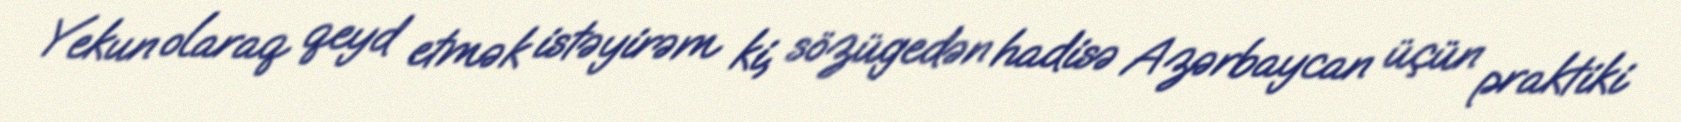
Yekun olaraq qeyd etmək istəyirəm ki, sözügedən hadisə Azərbaycan üçün praktiki